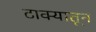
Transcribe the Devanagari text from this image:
टाक्यातून